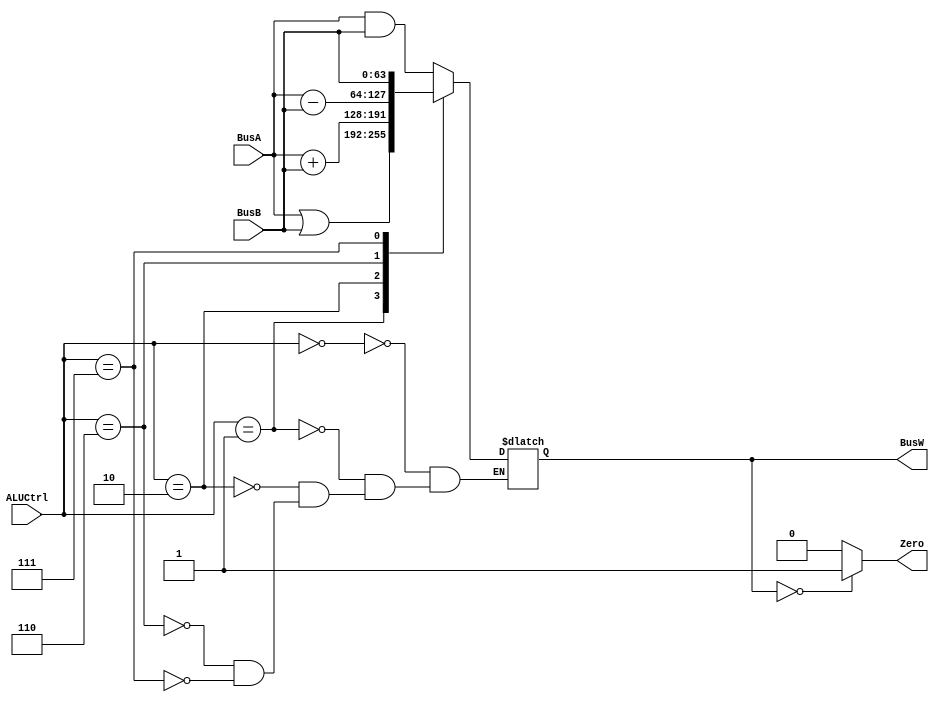
`define AND   4'b0000
`define OR    4'b0001
`define ADD   4'b0010
`define SUB   4'b0110
`define PassB 4'b0111


module ALU(BusW, BusA, BusB, ALUCtrl, Zero);
    
    parameter n = 64;

    output  [n-1:0] BusW;
    input   [n-1:0] BusA, BusB;
    input   [3:0] ALUCtrl;
    output  Zero;
    
    reg     [n-1:0] BusW;
    
    always @(ALUCtrl or BusA or BusB) begin
        case(ALUCtrl)
            `AND: begin
                BusW <= #20 BusA & BusB;
            end
			`OR: begin
				BusW <= #20 BusA | BusB;
			end
			`ADD: begin
				BusW <= #20 BusA + BusB;
			end
			`SUB: begin
				BusW <= #20 BusA - BusB;
			end
			`PassB: begin
				BusW <= #20 BusB;
			end
        endcase
    end
	
	assign #1 Zero = BusW == 0 ? 1 : 0 ;
endmodule